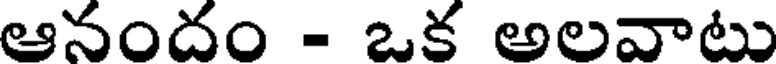
ఆనందం - ఒక అలవాటు